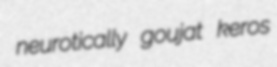
neurotically goujat keros